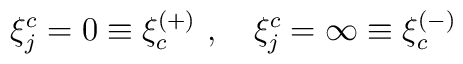
\xi_j^c = 0 \equiv \xi_c^{(+)}\ , \quad\xi_j^c = \infty \equiv \xi_c^{(-)} \quad